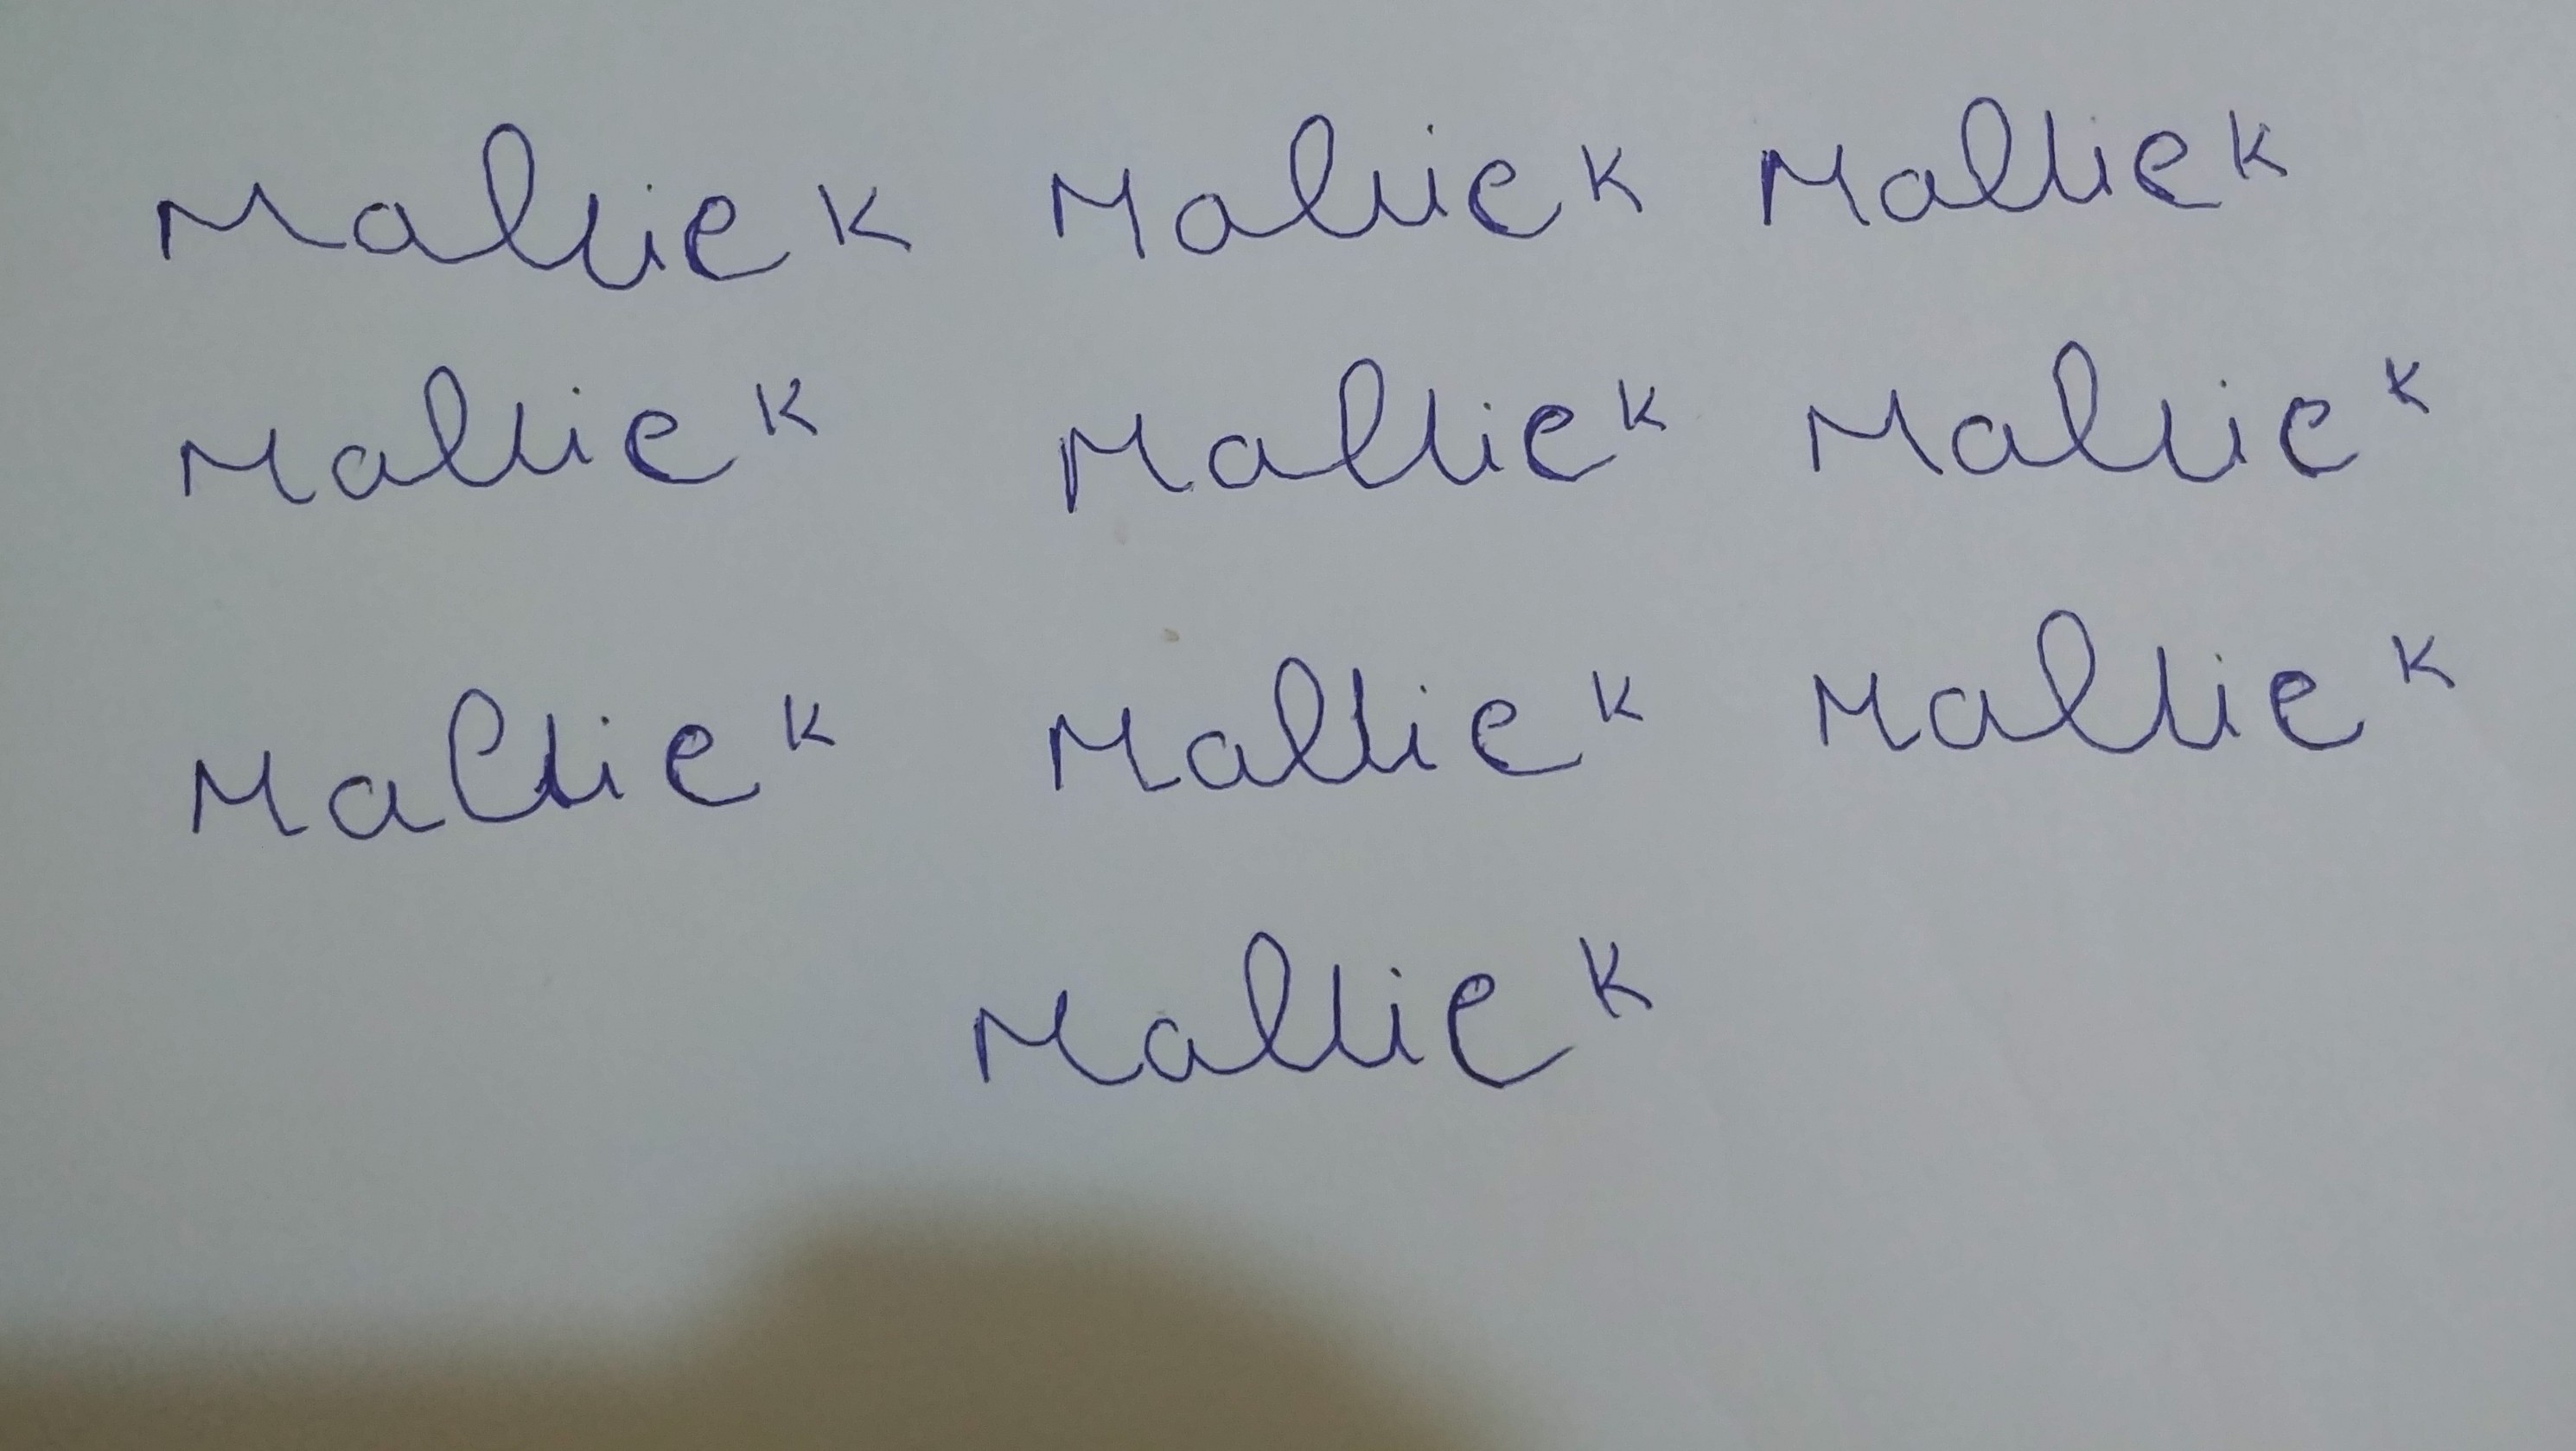
Signature authenticity: forged